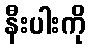
နီးပါးကို